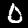
Label: 0